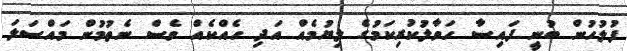
ފުލުހުން ބުނީ ފައިސާ ހަވާލުކުރިކަމުގެ ލިޔުމެއް އަދި ހެއްކެއް ވެސް ނެތުމުން މައްސަލަ